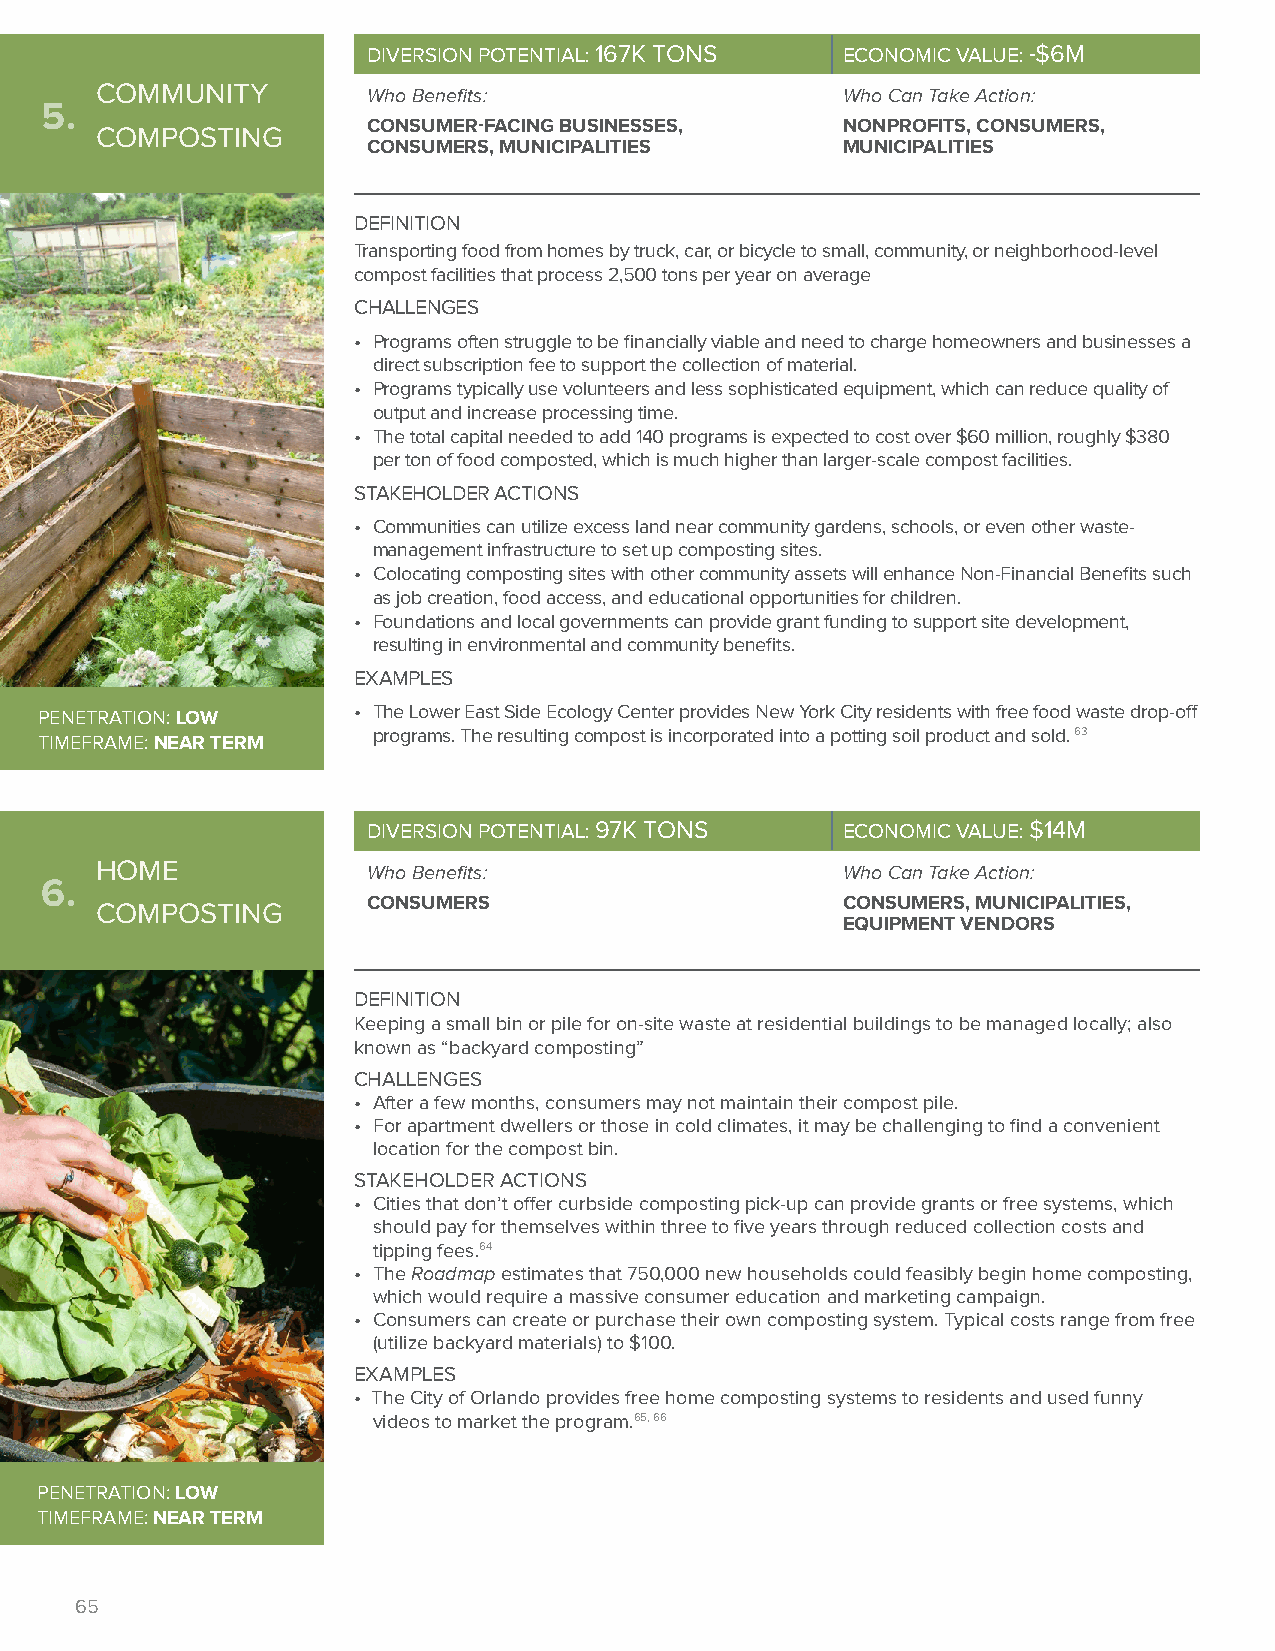
DIVERSION POTENTIAL: 167K TONS  ECONOMIC VALUE: -$6M
 COMMUNITY         Who Benefits:                   Who Can Take Action:
 5.
 CONSUMER-FACING BUSINESSES,     NONPROFITS, CONSUMERS,
 COMPOSTING
 CONSUMERS, MUNICIPALITIES       MUNICIPALITIES
 DEFINITION
 Transporting food from homes by truck, car, or bicycle to small, community, or neighborhood-level
 compost facilities that process 2,500 tons per year on average
 CHALLENGES
 • Programs often struggle to be financially viable and need to charge homeowners and businesses a
 direct subscription fee to support the collection of material.
 • Programs typically use volunteers and less sophisticated equipment, which can reduce quality of
 output and increase processing time.
 • The total capital needed to add 140 programs is expected to cost over $60 million, roughly $380
 per ton of food composted, which is much higher than larger-scale compost facilities.
 STAKEHOLDER ACTIONS
 • Communities can utilize excess land near community gardens, schools, or even other waste-
 management infrastructure to set up composting sites.
 • Colocating composting sites with other community assets will enhance Non-Financial Benefits such
 as job creation, food access, and educational opportunities for children.
 • Foundations and local governments can provide grant funding to support site development,
 resulting in environmental and community benefits.
 EXAMPLES
 PENETRATION: LOW
 • The Lower East Side Ecology Center provides New York City residents with free food waste drop-off
 programs. The resulting compost is incorporated into a potting soil product and sold. 63
 TIMEFRAME: NEAR TERM
 DIVERSION POTENTIAL: 97K TONS   ECONOMIC VALUE: $14M
 HOME              Who Benefits:                   Who Can Take Action:
 6.
 CONSUMERS                       CONSUMERS, MUNICIPALITIES,
 COMPOSTING
 EQUIPMENT VENDORS
 DEFINITION
 Keeping a small bin or pile for on-site waste at residential buildings to be managed locally; also
 known as “backyard composting”
 CHALLENGES
 • After a few months, consumers may not maintain their compost pile.
 • For apartment dwellers or those in cold climates, it may be challenging to find a convenient
 location for the compost bin.
 STAKEHOLDER ACTIONS
 • Cities that don’t offer curbside composting pick-up can provide grants or free systems, which
 should pay for themselves within three to five years through reduced collection costs and
 tipping fees.64
 • The Roadmap estimates that 750,000 new households could feasibly begin home composting,
 which would require a massive consumer education and marketing campaign.
 • Consumers can create or purchase their own composting system. Typical costs range from free
 (utilize backyard materials) to $100.
 EXAMPLES
 • The City of Orlando provides free home composting systems to residents and used funny
 videos to market the program.65, 66
 PENETRATION: LOW
 TIMEFRAME: NEAR TERM
 65